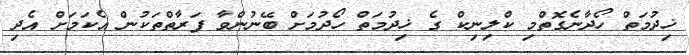
ޚިދުމަތް ހޯދާނެގޮތްމި ކްލިނިކް ގެ ޚިދުމަތް ހޯދުމަށް ބޭނުންވާ ފަރާތްތަކުން އެކަމަށް އެދި